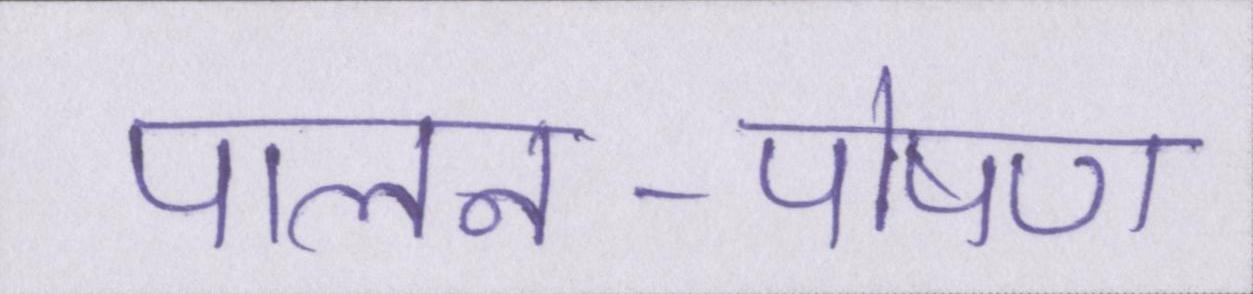
पालन-पोषण